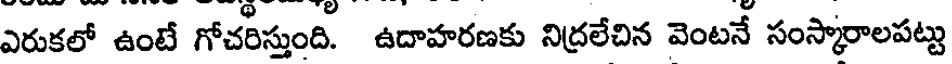
ఎరుకలో ఉంటే గోచరిస్తుంది. ఉదాహరణకు నిద్రలేచిన వెంటనే సంస్కారాలపట్టు